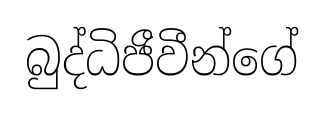
බුද්ධිජීවීන්ගේ